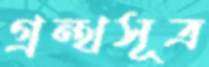
গ্রন্থসূত্র